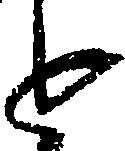
近